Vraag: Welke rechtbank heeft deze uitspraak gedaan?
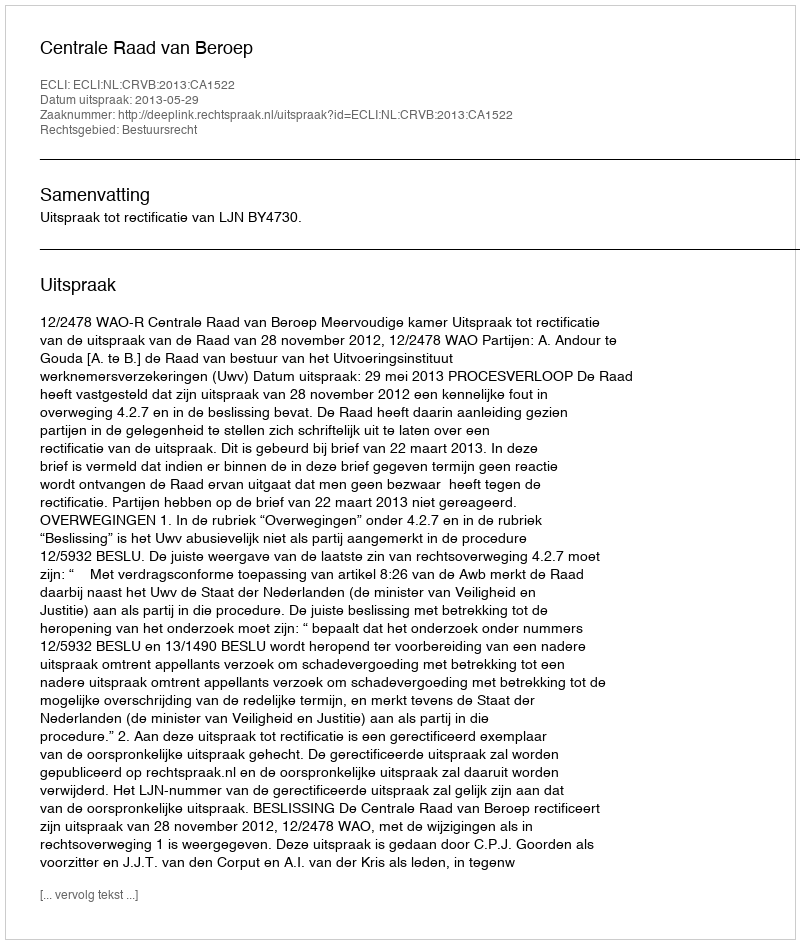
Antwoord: Centrale Raad van Beroep